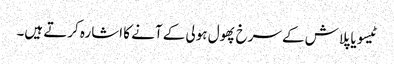
ٹیسو یا پلاش کے سرخ پھول ہولی کے آنے کا اشارہ کرتے ہیں۔